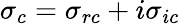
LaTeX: \sigma_{c}=\sigma_{rc}+i\sigma_{ic}